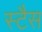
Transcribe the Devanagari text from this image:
स्टैस